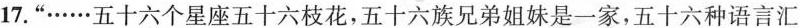
17.”……五十六个星座五十六枝花，五十六族兄弟姐妹是一家，五十六种语言汇